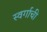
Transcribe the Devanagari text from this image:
स्वर्गाची